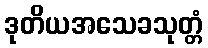
ဒုတိယအသေခသုတ္တံ